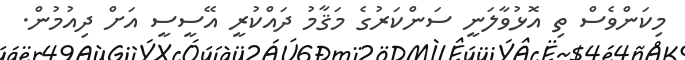
މިކަންވެސް ތި އޮޅުވާލަނީ ސަންކަރުގެ މަޤާމު ދައްކުރީ އޭސީސީ އަށް ދިއުމުން.